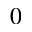
0